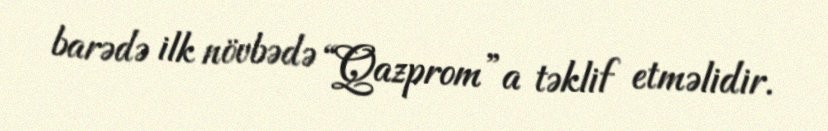
barədə ilk növbədə “Qazprom”a təklif etməlidir.